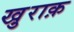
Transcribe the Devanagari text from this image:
खु़राक़